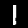
Label: 1